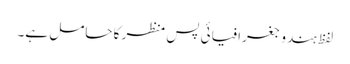
لفظ ہندو جغرافیائی پس منظر کا حامل ہے۔